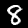
Label: 8